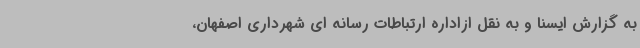
به گزارش ایسنا و به نقل ازاداره ارتباطات رسانه ای شهرداری اصفهان،